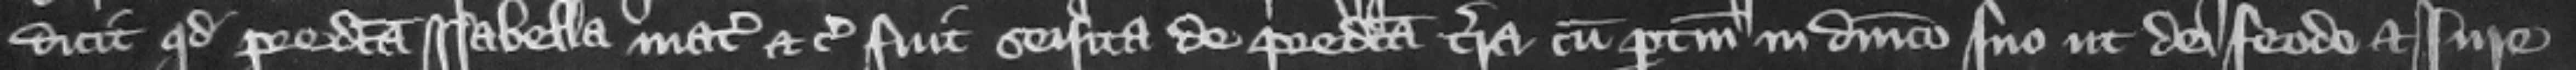
dicunt quod predicta Isabella mater etc. fuit seisita de predicta terra cum pertinenciis in dominico suo ut de feodo et iure